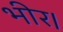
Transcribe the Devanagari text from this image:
भीर।